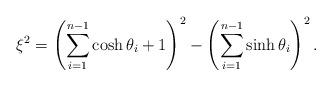
LaTeX: \begin{align*}\xi^{2}=\left( \sum_{i=1}^{n-1}\cosh\theta_{i}+1\right) ^{2}-\left(\sum_{i=1}^{n-1}\sinh\theta_{i}\right) ^{2}.\end{align*}